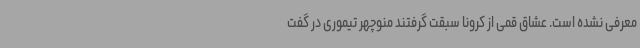
معرفی نشده است. عشاق قمی از کرونا سبقت گرفتند منوچهر تیموری در گفت